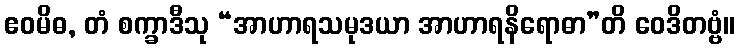
ဧဝမိဓ, တံ စက္ခာဒီသု “အာဟာရသမုဒယာ အာဟာရနိရောဓာ”တိ ဝေဒိတဗ္ဗံ။